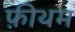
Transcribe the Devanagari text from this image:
फ़ीथम